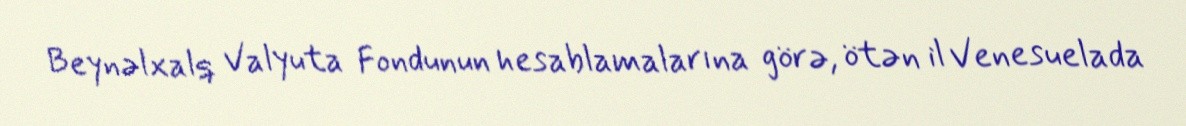
Beynəlxalq Valyuta Fondunun hesablamalarına görə, ötən il Venesuelada